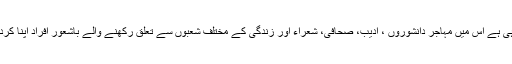
انہوں نے کہاکہ آج مہاجر قومیت اس پستی اور زوال کی طرف بڑھ رہی ہے اس میں مہاجر دانشوروں ، ادیب، صحافی، شعراء اور زندگی کے مختلف شعبوں سے تعلق رکھنے والے باشعور افراد اپنا کردار ادا کرتے ہوئے مہاجروں کو روشن مستقبل کی راہ پر گامزن کریں۔